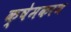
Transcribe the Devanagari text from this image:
क्षेमकरण